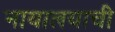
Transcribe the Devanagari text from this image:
नायालयाची